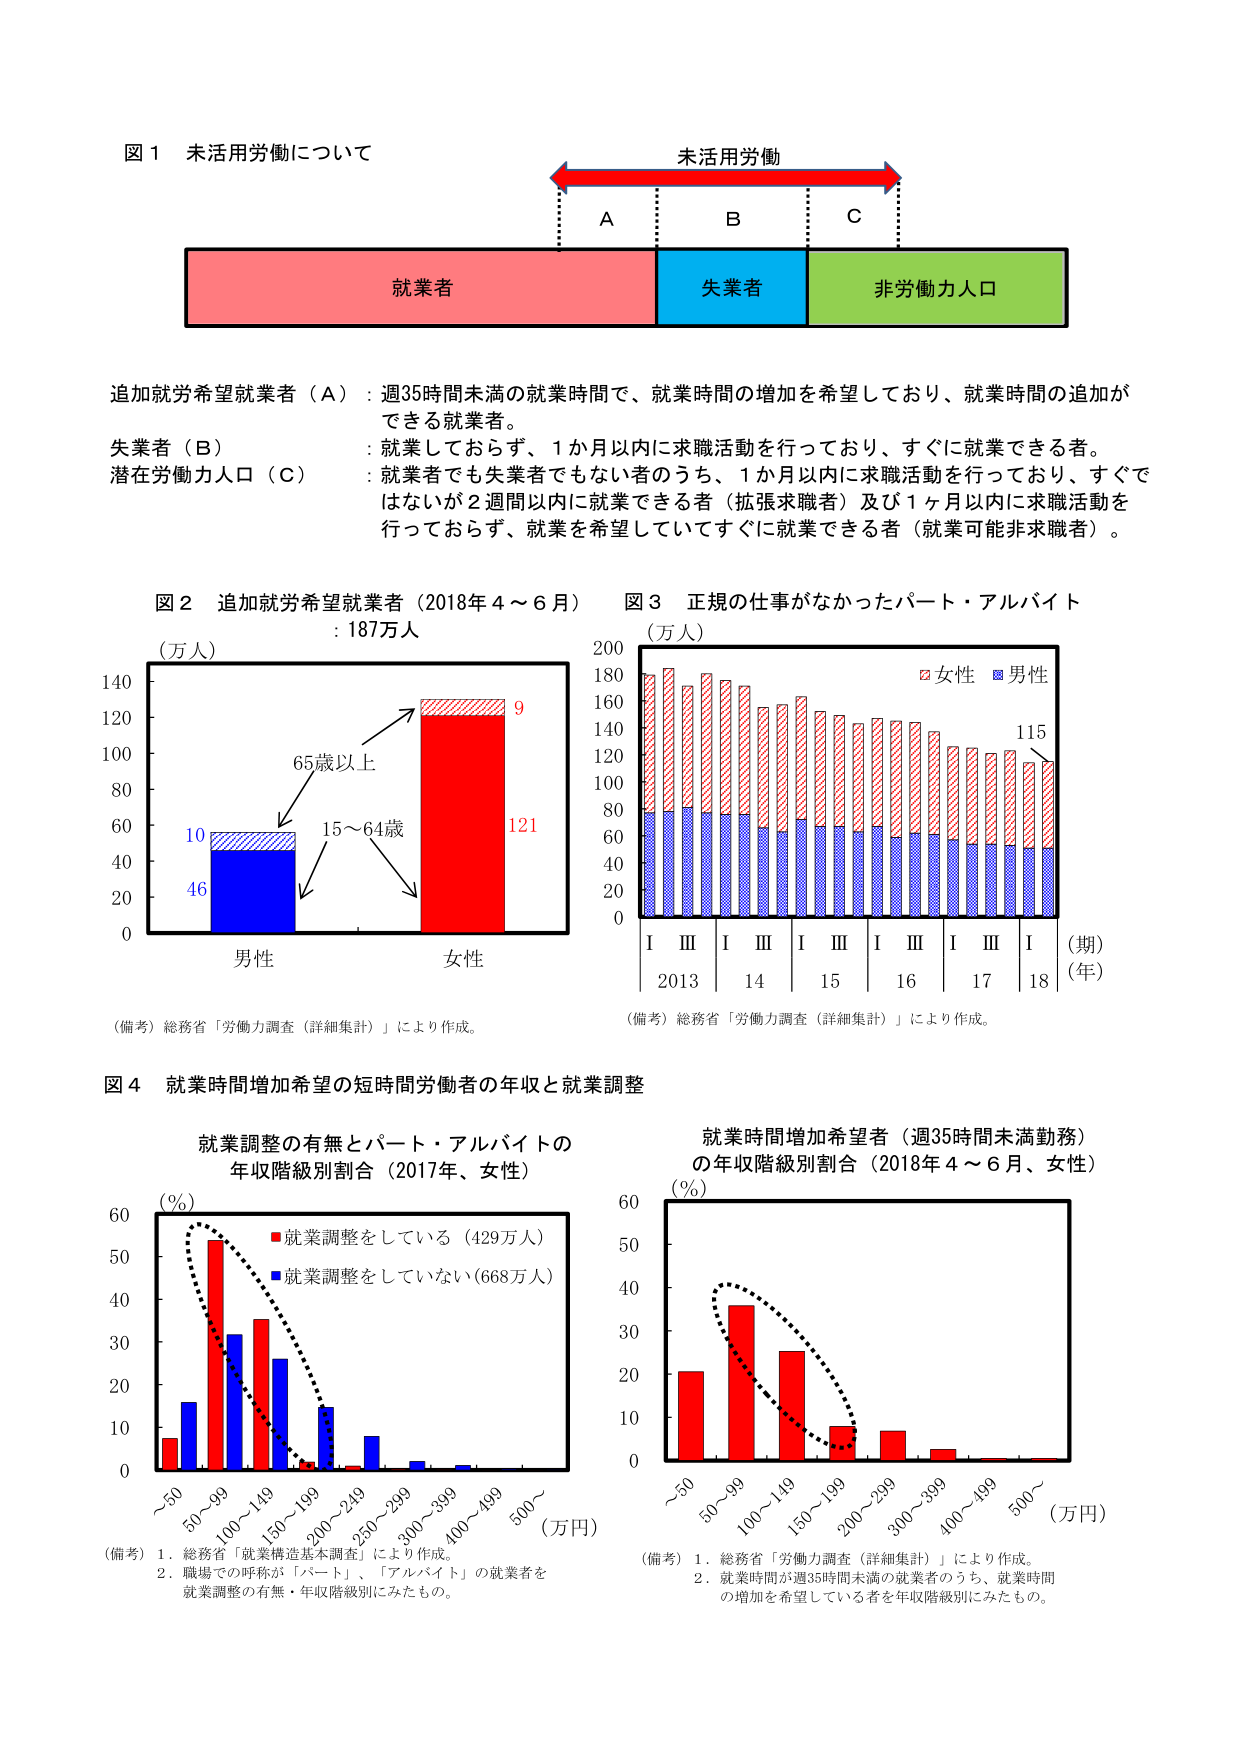
図１ 未活用労働について

未活用労働
A B C

就業者 失業者 非労働力人口

追加就労希望就業者（A）：週35時間未満の就業時間で、就業時間の増加を希望しており、就業時間の追加ができる就業者。

失業者（B）：就業しておらず、1か月以内に求職活動を行っており、すぐに就業できる者。

潜在労働力人口（C）：就業者でも失業者でもない者のうち、1か月以内に求職活動を行っており、すぐではないが2週間以内に就業できる者（拡張求職者）及び1ヶ月以内に求職活動を行っておらず、就業を希望していてすぐに就業できる者（就業可能非求職者）。

図２ 追加就労希望就業者（2018年4～6月）
：187万人

（万人）
140
120
100
80
60
40
20
0

10
46
65歳以上
15～64歳
9
121

男性 女性

（備考）総務省「労働力調査（詳細集計）」により作成。

図３ 正規の仕事がなかったパート・アルバイト
（万人）

200
180
160
140
120
100
80
60
40
20
0

女性 男性

115

I III I III I III I III I III I
2013 14 15 16 17 18
（期）
（年）

（備考）総務省「労働力調査（詳細集計）」により作成。

図４ 就業時間増加希望の短時間労働者の年収と就業調整

就業調整の有無とパート・アルバイトの
年収階級別割合（2017年、女性）

（％）
60
50
40
30
20
10
0

■就業調整をしている（429万人）
■就業調整をしていない（668万人）

～50 50～99 100～149 150～199 200～249 250～299 300～399 400～499 500～

（万円）

（備考）1．総務省「就業構造基本調査」により作成。
2．職場での呼称が「パート」、「アルバイト」の就業者を就業調整の有無・年収階級別にみたもの。

就業時間増加希望者（週35時間未満勤務）
の年収階級別割合（2018年4～6月、女性）

（％）
60
50
40
30
20
10
0

～50 50～99 100～149 150～199 200～299 300～399 400～499 500～

（万円）

（備考）1．総務省「労働力調査（詳細集計）」により作成。
2．就業時間が週35時間未満の就業者のうち、就業時間の増加を希望している者を年収階級別にみたもの。